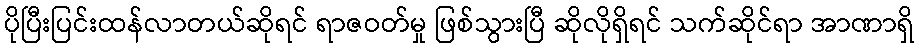
ပိုပြီးပြင်းထန်လာတယ်ဆိုရင် ရာဇဝတ်မှု ဖြစ်သွားပြီ ဆိုလိုရှိရင် သက်ဆိုင်ရာ အာဏာရှိ